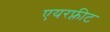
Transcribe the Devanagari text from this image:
एयरफ़्रीट